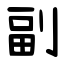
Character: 副